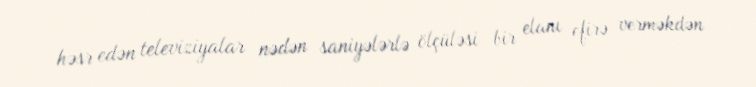
həsr edən televiziyalar nədən saniyələrlə ölçüləsi bir elanı efirə verməkdən